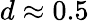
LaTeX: d\approx 0.5